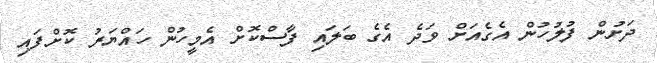
ދަށުން ފުލުހުން އެގެއަށް ވަދެ އެގެ ބަލައި ފާސްކޮށް އެމީހުން ހައްޔަރު ކޮށްފައި